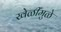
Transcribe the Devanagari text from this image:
खेळींमुळे